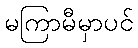
မကြာမီမှာပင်